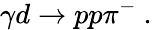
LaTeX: \gamma d\rightarrow pp\pi^{-}\ .